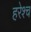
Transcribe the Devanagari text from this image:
हरेश्च